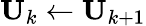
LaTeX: \mathbf{U}_{k}\gets\mathbf{U}_{k+1}